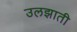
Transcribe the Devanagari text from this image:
उलझाती